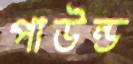
পাউন্ড